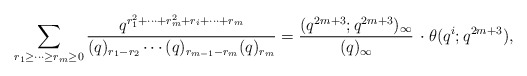
\begin{align*}\sum_{r_1\geq\dots\geq r_m\geq 0}\frac{q^{r_1^2+\cdots+r_m^2+r_i+\cdots+r_m}}{(q)_{r_1-r_2}\cdots(q)_{r_{m-1}-r_m}(q)_{r_m}}=\frac{(q^{2m+3};q^{2m+3})_{\infty}}{(q)_{\infty}}\, \cdot\theta(q^i;q^{2m+3}),\end{align*}